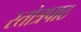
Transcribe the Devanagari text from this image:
स्तोत्रपाठ